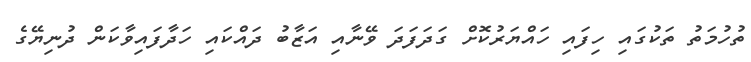
ތުހުމަތު ތަކުގައި ހިފައި ހައްޔަރުކޮށް ގަދަފަދަ ވޭނާއި އަޒާބު ދައްކައި ހަދާފައިވާކަން ދުނިޔޭގެ